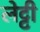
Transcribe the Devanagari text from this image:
लेट्टी